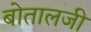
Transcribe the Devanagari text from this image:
बोतालजी